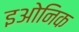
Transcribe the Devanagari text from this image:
इओनिक